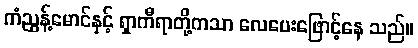
ကံညွန့်မောင်နှင့် ရှာကီရာတို့ကသာ လေပေးဖြောင့်နေ သည်။